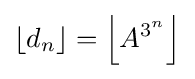
\left\lfloor d_{n}\right\rfloor =\left\lfloor A^{3^{n}}\right\rfloor